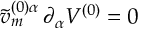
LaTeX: \tilde { v } _ { m } ^ { ( 0 ) \alpha } \, \partial _ { \alpha } V ^ { ( 0 ) } = 0